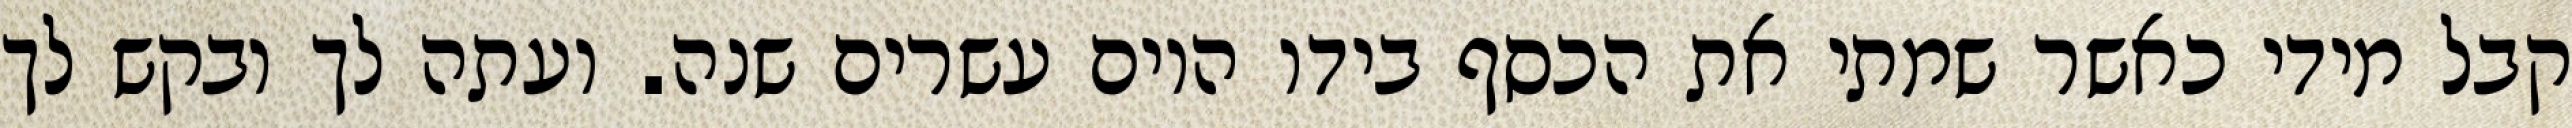
קבל מידי כאשר שמתי את הכסף בידו היום עשרים שנה. ועתה לך ובקש לך